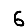
Digit: 6